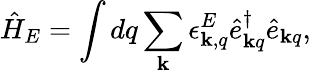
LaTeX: \hat{H}_{E}=\int dq\sum_{\mathbf{k}}\epsilon_{{\mathbf k},q}^{E}\hat{e}_{{\mathbf k}q}^{\dagger}\hat{e}_{{\mathbf k}q},